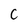
Character: C